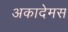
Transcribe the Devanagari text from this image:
अकादेमस